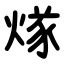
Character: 煫